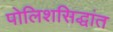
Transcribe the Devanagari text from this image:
पोलिशसिद्धांत